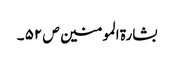
بشارۃ المومنین ص ۵۲ ۔